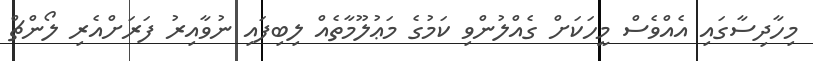
މިހާދިސާގައި އެއްވެސް މީހަކަށް ގެއްލުންވި ކަމުގެ މަޢުލޫމާތެއް ލިބިފައި ނުވާއިރު ފަރަށްއެރި ލޯންޗް